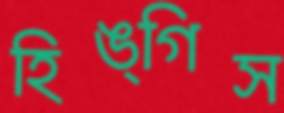
হিঙ্গিস